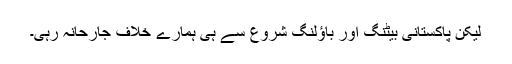
لیکن پاکستانی بیٹنگ اور باﺅلنگ شروع سے ہی ہمارے خلاف جارحانہ رہی۔